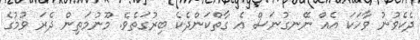
ދެކެވުނު ވާހަކަ އެއް ނޭނގުނަސް އެ ގާތްކަންދެކެ ބިރުގަތެވެ. މޫނުމަތިން ދެރަ ވުމުގެ